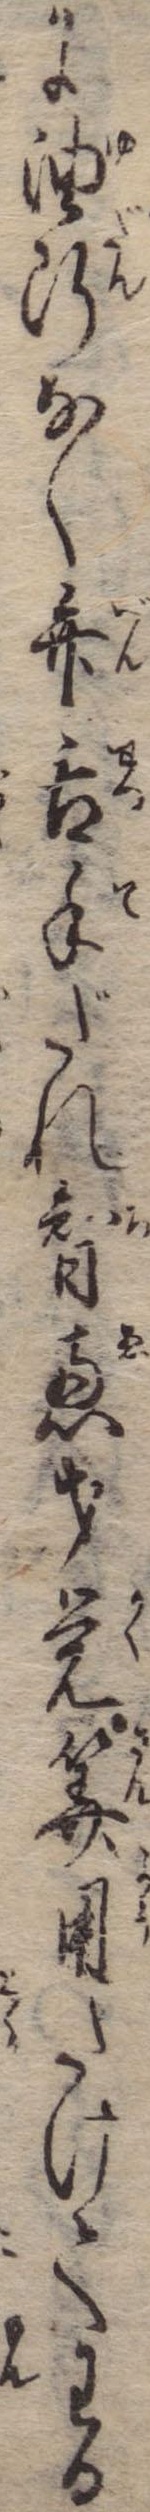
に油断なく弁舌手だれ智恵才覚算用たけてわる